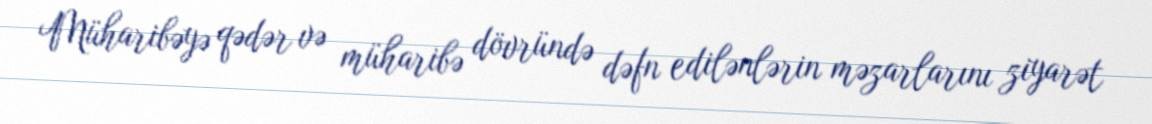
Müharibəyə qədər və müharibə dövründə dəfn edilənlərin məzarlarını ziyarət